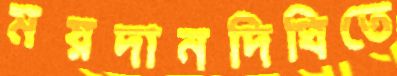
ময়দানদিঘিতে